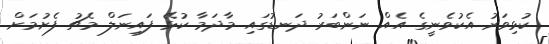
ކުޅިވަރު އެކުވެނީގެ އެއް ނަންބަރު ދަނޑުގައި މާދަމާ ކުޅޭ ފައިނަލް މެޗު ފެށުމަށް